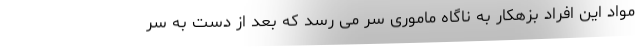
مواد این افراد بزهکار به ناگاه ماموری سر می رسد که بعد از دست به سر